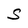
Character: S